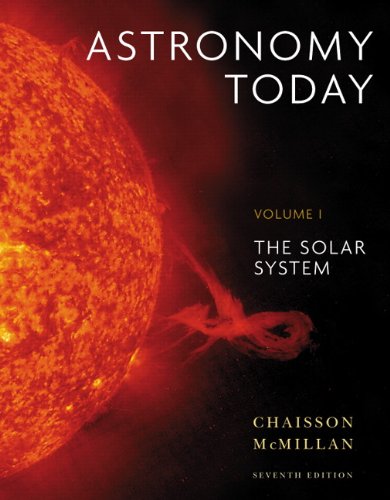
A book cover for Astronomy Today Volume 1: The Solar System (7th Edition); Eric Chaisson; Science & Math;